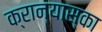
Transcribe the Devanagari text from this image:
क्रान्यास्का